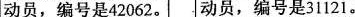
动员，编号是42062。|动员，编号是31121。